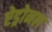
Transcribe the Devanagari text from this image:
ऐड्रोनल